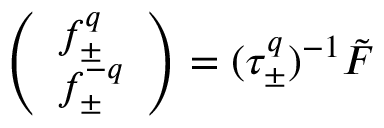
\left( \begin{array} { l } { { f _ { \pm } ^ { q } } } \\ { { f _ { \pm } ^ { - q } } } \end{array} \right) = ( \tau _ { \pm } ^ { q } ) ^ { - 1 } \tilde { F }